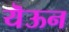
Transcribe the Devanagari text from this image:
यॆऊन